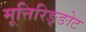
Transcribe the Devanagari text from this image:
मूत्तिरिङ्ङोट